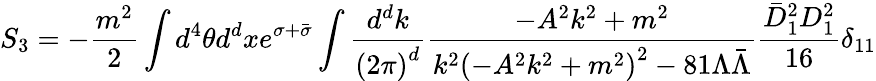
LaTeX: S_{3}=-\frac{m^{2}}{2}\int d^{4}\theta d^{d}xe^{\sigma+\bar{\sigma}}\int\frac{d^{d}k}{{(2\pi)}^{d}}\frac{-A^{2}k^{2}+m^{2}}{k^{2}{(-A^{2}k^{2}+m^{2})}^{2}-81\Lambda\bar{\Lambda}}\frac{\bar{D}_{1}^{2}D_{1}^{2}}{16}\delta_{11}